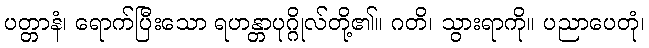
ပတ္တာနံ၊ ရောက်ပြီးသော ရဟန္တာပုဂ္ဂိုလ်တို့၏။ ဂတိ၊ သွားရာကို။ ပညာပေတုံ၊